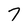
Character: 7